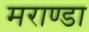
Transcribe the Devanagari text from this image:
मराण्डा